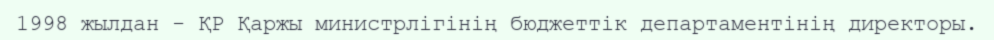
1998 жылдан - ҚР Қаржы министрлігінің бюджеттік департаментінің директоры.